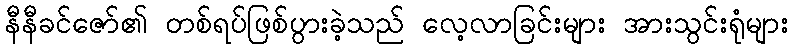
နီနီခင်ဇော်၏ တစ်ရပ်ဖြစ်ပွားခဲ့သည် လေ့လာခြင်းများ အားသွင်းရုံများ